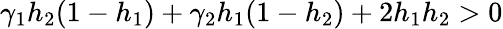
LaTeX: \gamma_{1}h_{2}(1-h_{1})+\gamma_{2}h_{1}(1-h_{2})+2h_{1}h_{2}>0